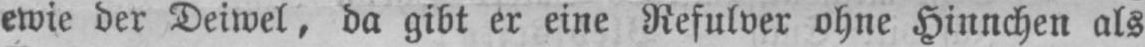
ewie der Deiwel, da gibt er eine Refulver ohne Hinnchen als